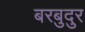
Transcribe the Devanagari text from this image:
बरबुदुर